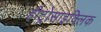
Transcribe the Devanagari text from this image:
हीट्रोसाइक्लिक